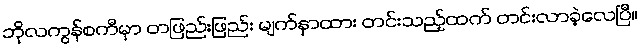
ဘိုလကွန်စကီမှာ တဖြည်းဖြည်း မျက်နှာထား တင်းသည့်ထက် တင်းလာခဲ့လေပြီ။